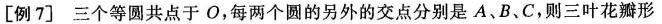
[例7]三个等圆共点于O，每两个圆的另外的交点分别是A、B、C，则三叶花瓣形